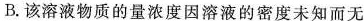
B.该溶液物质的量浓度因溶液的密度未知而无